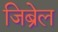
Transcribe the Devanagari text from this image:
जिब्रेल